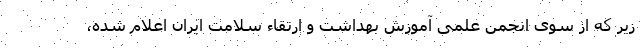
زیر که از سوی انجمن علمی آموزش بهداشت و ارتقاء سلامت ایران اعلام شده،